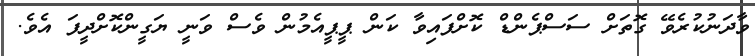
ވާދަނުކުރެވޭ ގޮތަށް ސަސްޕެންޑް ކޮށްފައިވާ ކަން ޕީޕީއެމުން ވެސް ވަނީ ޔަގީންކޮށްދީފަ އެވެ.